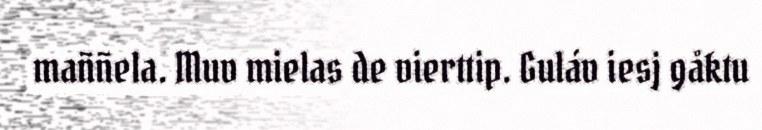
maññela. Muv mielas de vierttip. Guláv iesj gåktu